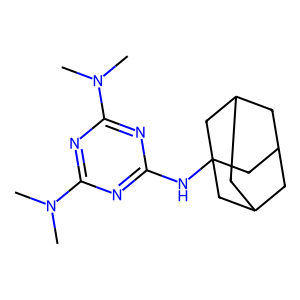
SMILES: CN(C)c1nc(NC23CC4CC(CC(C4)C2)C3)nc(N(C)C)n1
Inhibits HIV replication: No